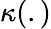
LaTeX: \kappa(.)